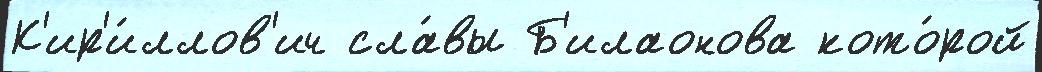
К'ир'и́ллов'ич сла́вы Б'илаонова кото́рой